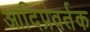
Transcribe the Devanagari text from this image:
आदिप्रवर्तक